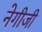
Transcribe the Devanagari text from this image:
नेगीजी